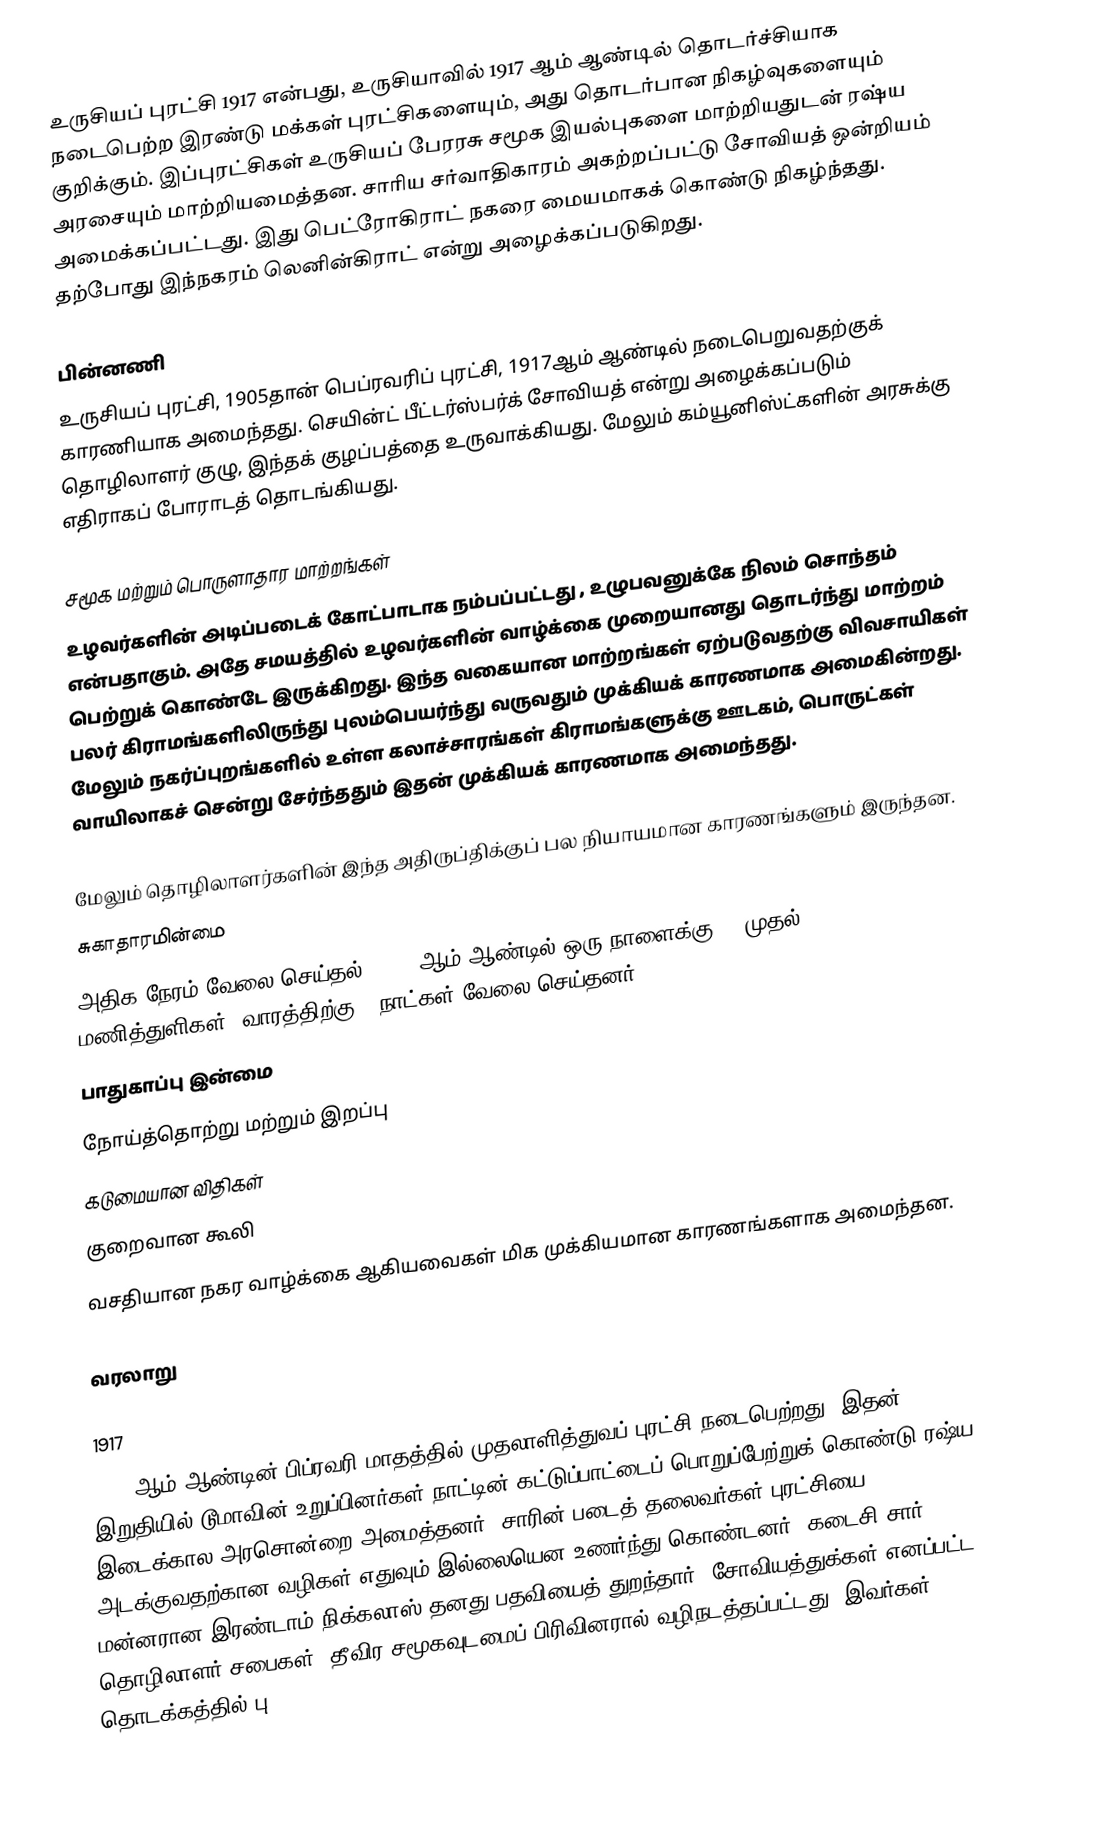
உருசியப் புரட்சி 1917 என்பது, உருசியாவில் 1917 ஆம் ஆண்டில் தொடர்ச்சியாக நடைபெற்ற இரண்டு  மக்கள் புரட்சிகளையும், அது தொடர்பான நிகழ்வுகளையும் குறிக்கும். இப்புரட்சிகள் உருசியப் பேரரசு சமூக இயல்புகளை மாற்றியதுடன் ரஷ்ய அரசையும் மாற்றியமைத்தன. சாரிய சர்வாதிகாரம் அகற்றப்பட்டு சோவியத் ஒன்றியம் அமைக்கப்பட்டது. இது பெட்ரோகிராட் நகரை மையமாகக் கொண்டு நிகழ்ந்தது. தற்போது இந்நகரம் லெனின்கிராட் என்று அழைக்கப்படுகிறது.

பின்னணி
உருசியப் புரட்சி, 1905தான் பெப்ரவரிப் புரட்சி, 1917ஆம் ஆண்டில் நடைபெறுவதற்குக் காரணியாக அமைந்தது. செயின்ட் பீட்டர்ஸ்பர்க் சோவியத் என்று அழைக்கப்படும்  தொழிலாளர் குழு, இந்தக் குழப்பத்தை உருவாக்கியது.  மேலும்  கம்யூனிஸ்ட்களின்  அரசுக்கு  எதிராகப் போராடத் தொடங்கியது.

சமூக மற்றும் பொருளாதார மாற்றங்கள்
உழவர்களின்  அடிப்படைக் கோட்பாடாக நம்பப்பட்டது , உழுபவனுக்கே நிலம் சொந்தம் என்பதாகும். அதே சமயத்தில் உழவர்களின்  வாழ்க்கை முறையானது தொடர்ந்து மாற்றம் பெற்றுக் கொண்டே இருக்கிறது. இந்த வகையான மாற்றங்கள் ஏற்படுவதற்கு விவசாயிகள் பலர் கிராமங்களிலிருந்து புலம்பெயர்ந்து வருவதும் முக்கியக் காரணமாக அமைகின்றது. மேலும் நகர்ப்புறங்களில்  உள்ள கலாச்சாரங்கள் கிராமங்களுக்கு ஊடகம், பொருட்கள்  வாயிலாகச் சென்று சேர்ந்ததும் இதன் முக்கியக்  காரணமாக அமைந்தது.

மேலும் தொழிலாளர்களின் இந்த அதிருப்திக்குப்  பல நியாயமான காரணங்களும் இருந்தன.
 சுகாதாரமின்மை
 அதிக நேரம் வேலை செய்தல் ( 1916ஆம் ஆண்டில் ஒரு நாளைக்கு 11 முதல் 12 மணித்துளிகள், வாரத்திற்கு 6 நாட்கள் வேலை செய்தனர்.)
 பாதுகாப்பு இன்மை
 நோய்த்தொற்று மற்றும் இறப்பு
 கடுமையான விதிகள்
 குறைவான கூலி
 வசதியான நகர வாழ்க்கை ஆகியவைகள் மிக முக்கியமான காரணங்களாக அமைந்தன.

வரலாறு

1917
1917 ஆம் ஆண்டின் பிப்ரவரி மாதத்தில் முதலாளித்துவப் புரட்சி நடைபெற்றது. இதன் இறுதியில் டூமாவின் உறுப்பினர்கள் நாட்டின் கட்டுப்பாட்டைப் பொறுப்பேற்றுக் கொண்டு ரஷ்ய இடைக்கால அரசொன்றை அமைத்தனர். சாரின் படைத் தலைவர்கள் புரட்சியை அடக்குவதற்கான வழிகள் எதுவும் இல்லையென உணர்ந்து கொண்டனர். கடைசி சார் மன்னரான இரண்டாம் நிக்கலாஸ் தனது பதவியைத் துறந்தார். சோவியத்துக்கள் எனப்பட்ட தொழிலாளர் சபைகள், தீவிர சமூகவுடமைப் பிரிவினரால் வழிநடத்தப்பட்டது. இவர்கள் தொடக்கத்தில் பு